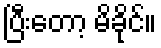
ပြီးတော့ မိခိုင်။